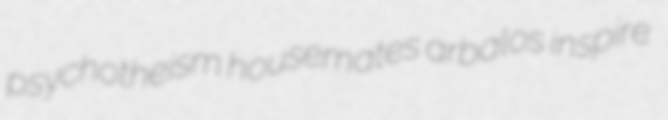
psychotheism housemates arbalos inspire